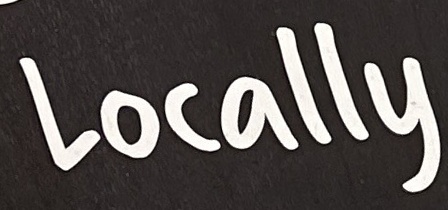
locally